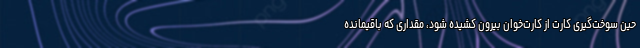
حین سوخت‌گیری کارت از کارت‌خوان بیرون کشیده شود، مقداری که باقیمانده